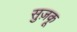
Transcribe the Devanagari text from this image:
सुज़कू